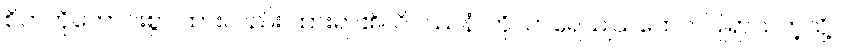
စိတ်ကိုကောင်းစွာ ထားလည်း ထားရာ၏။ ဝိပဿနံ၊ ကို။ ကရေယျယထေဝ၊ ပြုရာသကဲ့သို့။